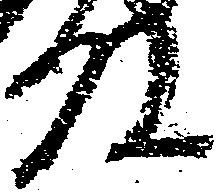
殿